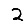
Digit: 2